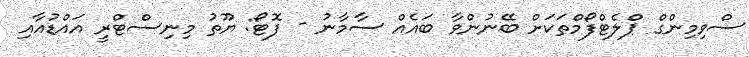
ސްވިމިންގް ޕްލެޓްފޯމްތަކަށް ބޭނުންވާ ބައެއް ސާމާނު - ފޮޓޯ: ޔޫތު މިނިސްޓްރީ އައްޑުއާއި